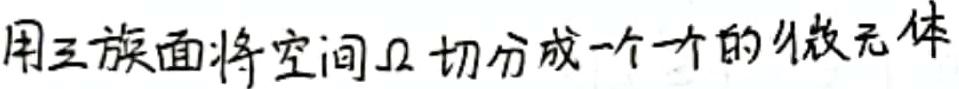
用三族面将空间\(\Omega\)切分成一个一个的微元体